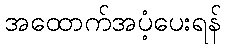
အထောက်အပံ့ပေးရန်